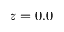
z = 0 . 0